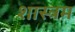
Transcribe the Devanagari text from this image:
शास्त्रम